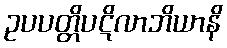
ဥပပတ္တိပဋိလာဘိယာနိ